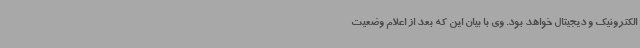
الکترونیک و دیجیتال خواهد بود. وی با بیان این که بعد از اعلام وضعیت